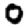
Digit: 0